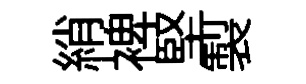
綃裨堅製